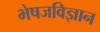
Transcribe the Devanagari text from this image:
भेषजविज्ञान